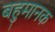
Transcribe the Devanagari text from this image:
बहुमानक